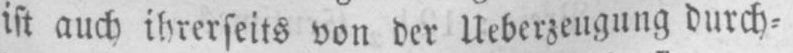
ist auch ihrerseits von der Ueberzeugung durch⸗